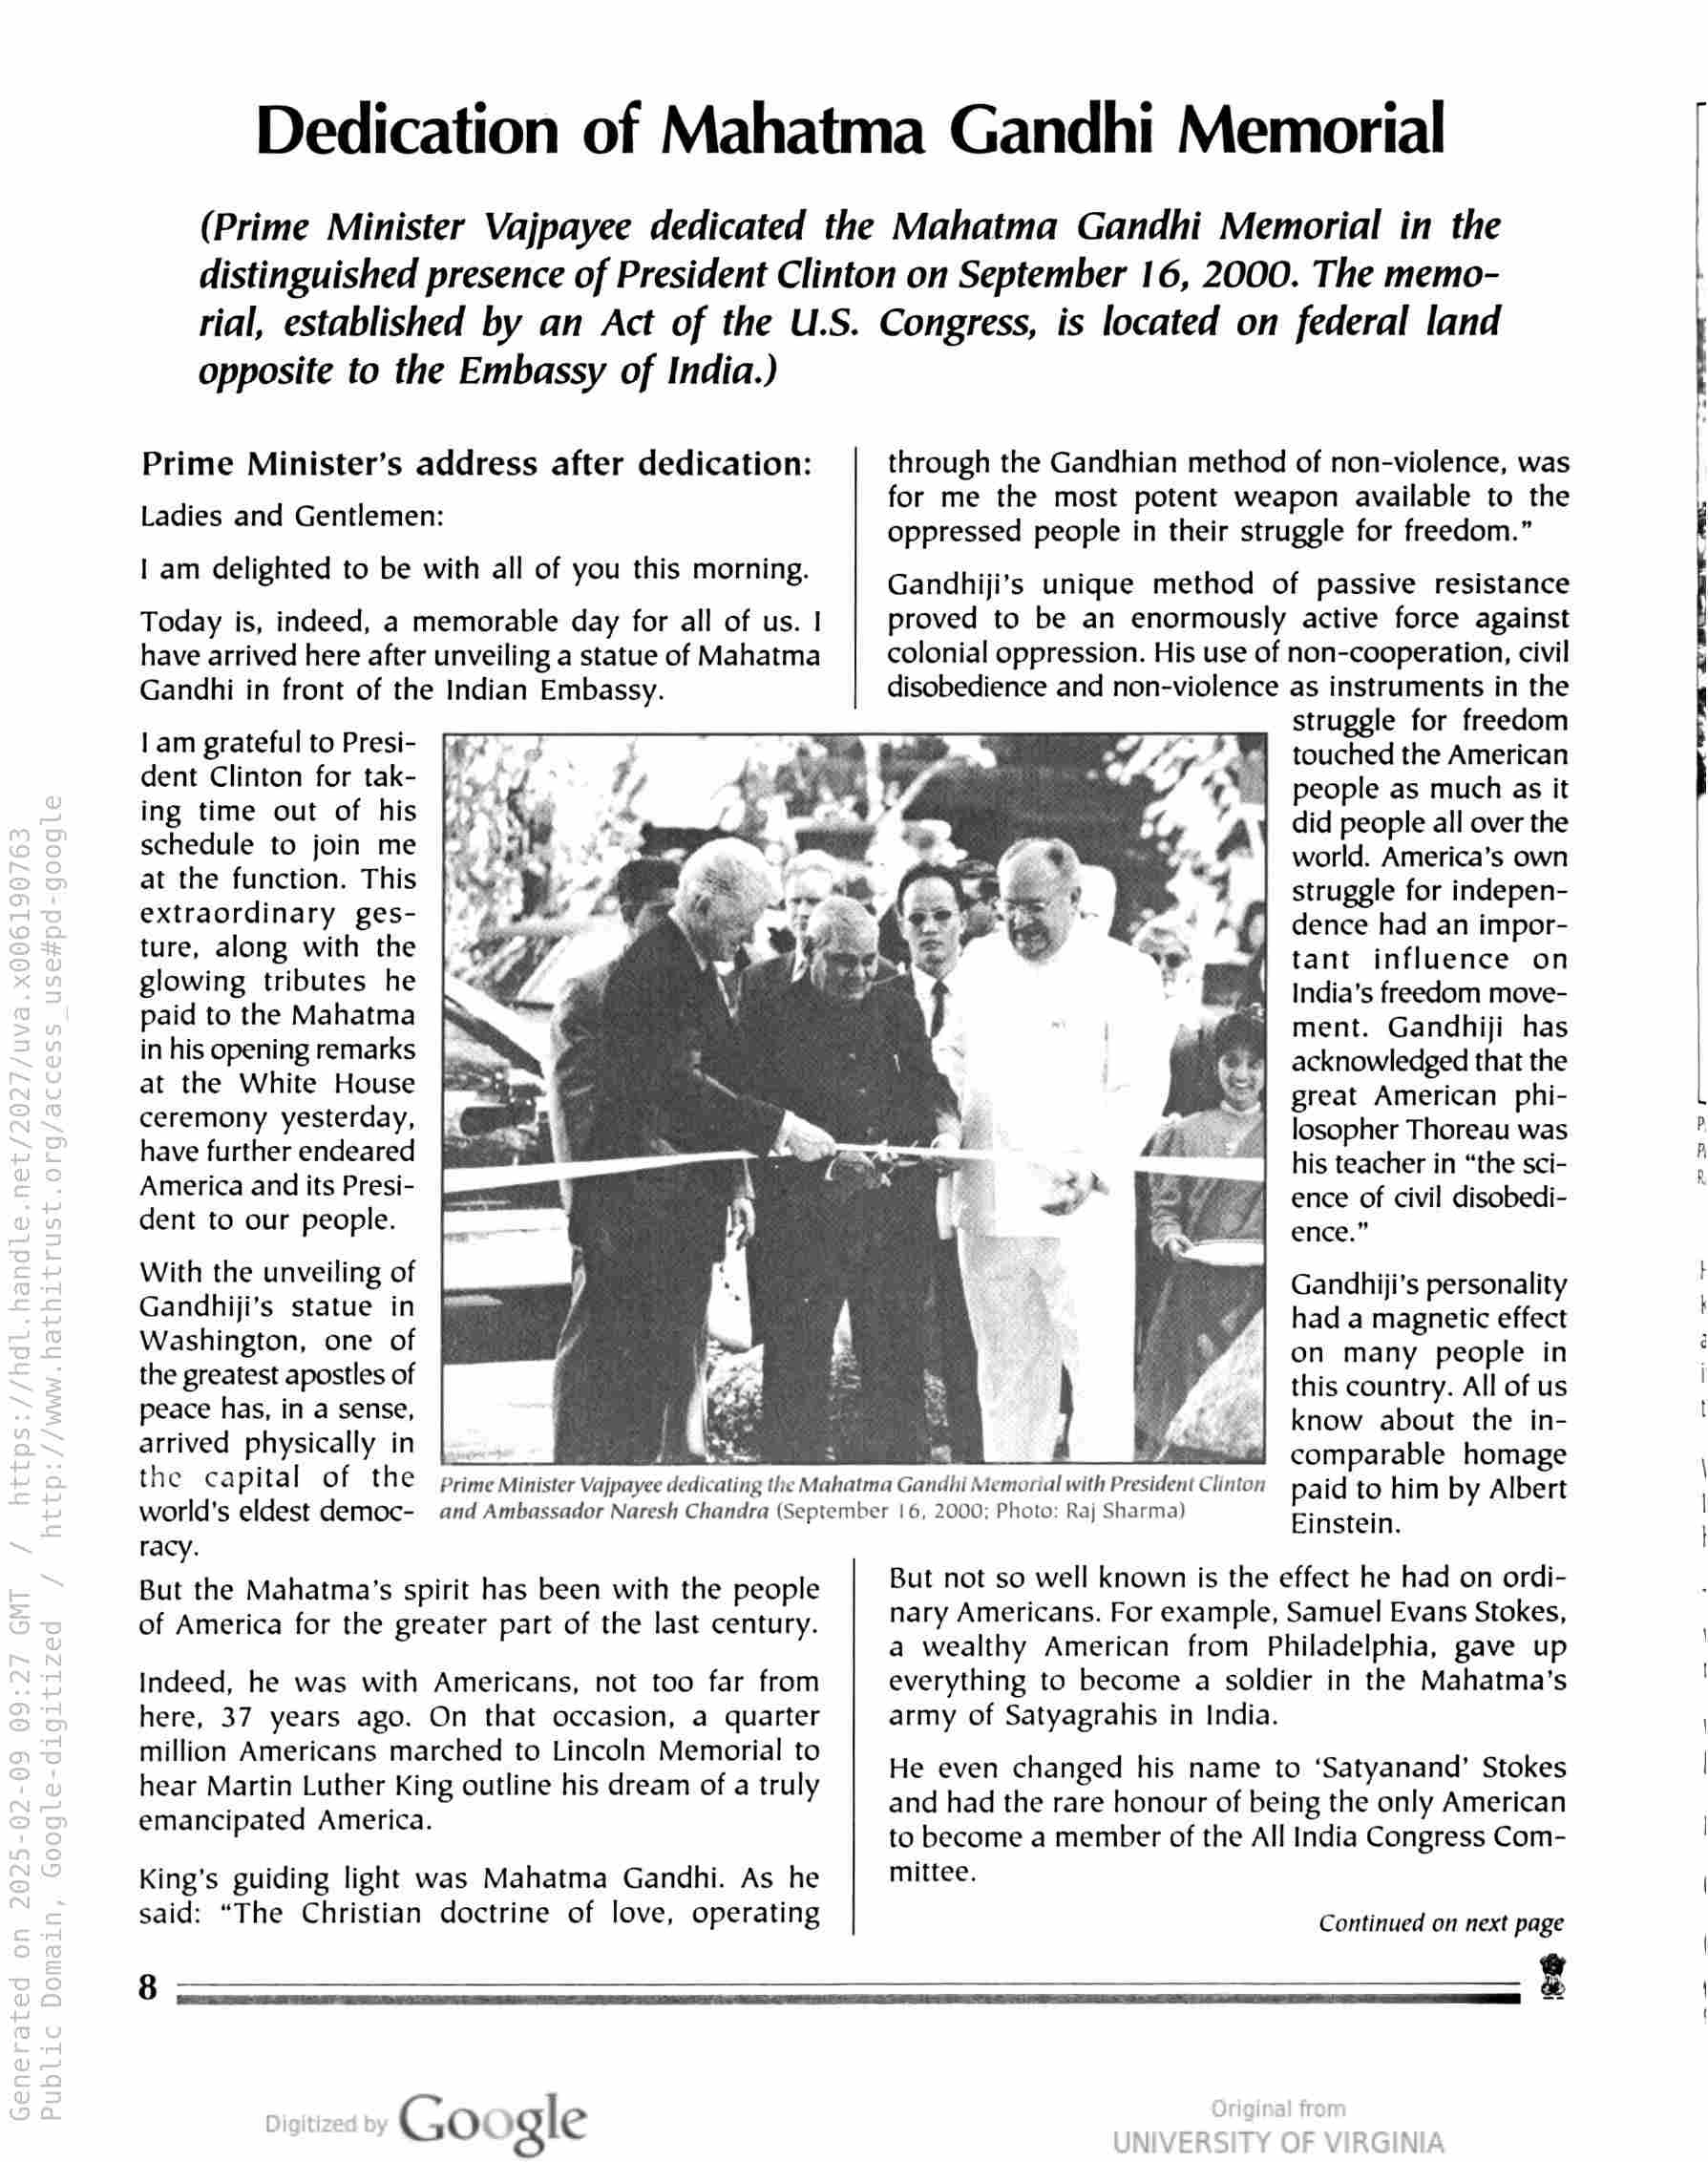
Dedication of Mahatma Gandhi Memorial

(Prime Minister Vajpayee dedicated the Mahatma Gandhi Memorial in the
distinguished presence of President Clinton on September 16, 2000. The memo-
rial, established by an Act of the U.S. Congress, is located on federal land

opposite to the Embassy of India.)

Prime Minister’s address after dedication:
Ladies and Gentlemen:
| am delighted to be with all of you this morning.

Today is, indeed, a memorable day for all of us. |
have arrived here after unveiling a statue of Mahatma
Gandhi in front of the Indian Embassy.

lam grateful to Presi-
dent Clinton for tak-
ing time out of his
schedule to join me
at the function. This
extraordinary ges-
ture, along with the
glowing tributes he
paid to the Mahatma
in his opening remarks
at the White House
ceremony yesterday,
have further endeared
America and its Presi-
dent to our people.

With the unveiling of
Gandhiji’s statue in
Washington, one of
the greatest apostles of
peace has, in a sense,
arrived physically in

through the Gandhian method of non-violence, was
for me the most potent weapon available to the
oppressed people in their struggle for freedom.”

Gandhiji’s unique method of passive resistance
proved to be an enormously active force against
colonial oppression. His use of non-cooperation, civil
disobedience and non-violence as instruments in the
struggle for freedom
touched the American
people as much as it
did people all over the
world. America’s own
struggle for indepen-
dence had an impor-
tant influence on
India’s freedom move-
ment. Gandhiji has
acknowledged that the
great American phi-
losopher Thoreau was
his teacher in “the sci-
ence of civil disobedi-
ence.”

Gandhiji’s personality
had a magnetic effect
on many people in
this country. All of us
know about the in-
J comparable homage

the capital of the Prime Minister Vajpayee dedicating the Mahatma Gandhi Memorial with President Clinton paid to him by Albert

world's eldest democ- and Ambassador Naresh Chandra (September | 6, 2000; Photo: Raj Sharma)

Tacy.
But the Mahatma’s spirit has been with the people
of America for the greater part of the last century.

Indeed, he was with Americans, not too far from
here, 37 years ago. On that occasion, a quarter
million Americans marched to Lincoln Memorial to
hear Martin Luther King outline his dream of a truly
emancipated America.

King’s guiding light was Mahatma Gandhi. As he
said: “The Christian doctrine of love, operating

Einstein.

But not so well known is the effect he had on ordi-
nary Americans. For example, Samuel Evans Stokes,
a wealthy American from Philadelphia, gave up
everything to become a soldier in the Mahatma’s
army of Satyagrahis in India.

He even changed his name to ‘Satyanand’ Stokes
and had the rare honour of being the only American
to become a member of the All India Congress Com-
mittee.

Continued on next page

z

8

Google

wees em ee Ors